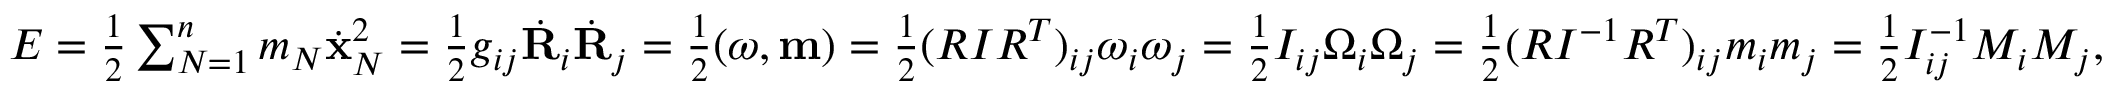
\begin{array} { r } { E = \frac 1 2 \sum _ { N = 1 } ^ { n } m _ { N } \dot { \bf x } _ { N } ^ { 2 } = \frac 1 2 g _ { i j } \dot { \bf R } _ { i } \dot { \bf R } _ { j } = \frac 1 2 ( { \boldsymbol \omega } , { \bf m } ) = \frac 1 2 ( R I R ^ { T } ) _ { i j } \omega _ { i } \omega _ { j } = \frac 1 2 I _ { i j } \Omega _ { i } \Omega _ { j } = \frac 1 2 ( R I ^ { - 1 } R ^ { T } ) _ { i j } m _ { i } m _ { j } = \frac 1 2 I _ { i j } ^ { - 1 } M _ { i } M _ { j } , } \end{array}